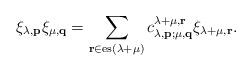
LaTeX: \begin{align*}\xi_{\lambda,\mathbf p}\xi_{\mu,\mathbf q}=\sum_{\mathbf r\in {\rm es}(\lambda+\mu)} c_{\lambda,\mathbf p;\mu,\mathbf q}^{\lambda+\mu,\mathbf r}\xi_{\lambda+\mu,\mathbf r}.\end{align*}